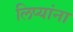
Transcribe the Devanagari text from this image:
लिप्यांना